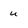
Character: u